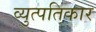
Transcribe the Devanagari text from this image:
व्युत्पतिकार